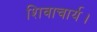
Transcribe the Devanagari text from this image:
शिवाचार्य।